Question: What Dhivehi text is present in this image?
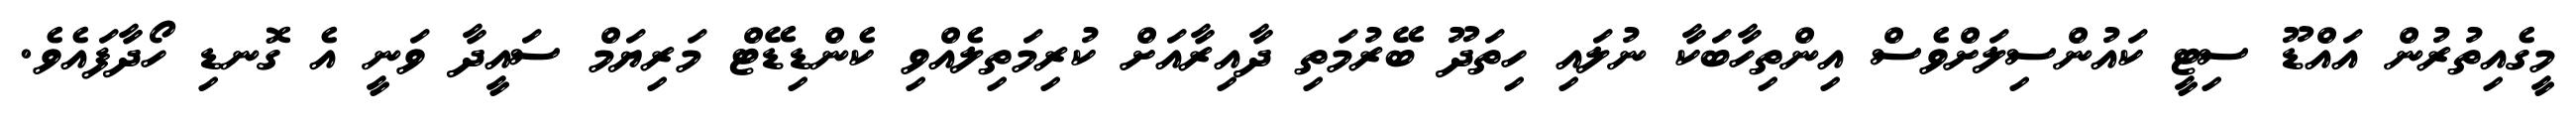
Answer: މީގެއިތުރުން އައްޑޫ ސިޓީ ކައުންސިލަށްވެސް އިންތިހާބަކާ ނުލައި ހިތަދޫ ބޭރުމަތި ދާއިރާއަށް ކުރިމަތިލެއްވި ކެންޑިޑޭޓް މަރިޔަމް ސައީދާ ވަނީ އެ ގޮނޑި ހޯދާފައެވެ.